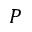
{ \cal P }